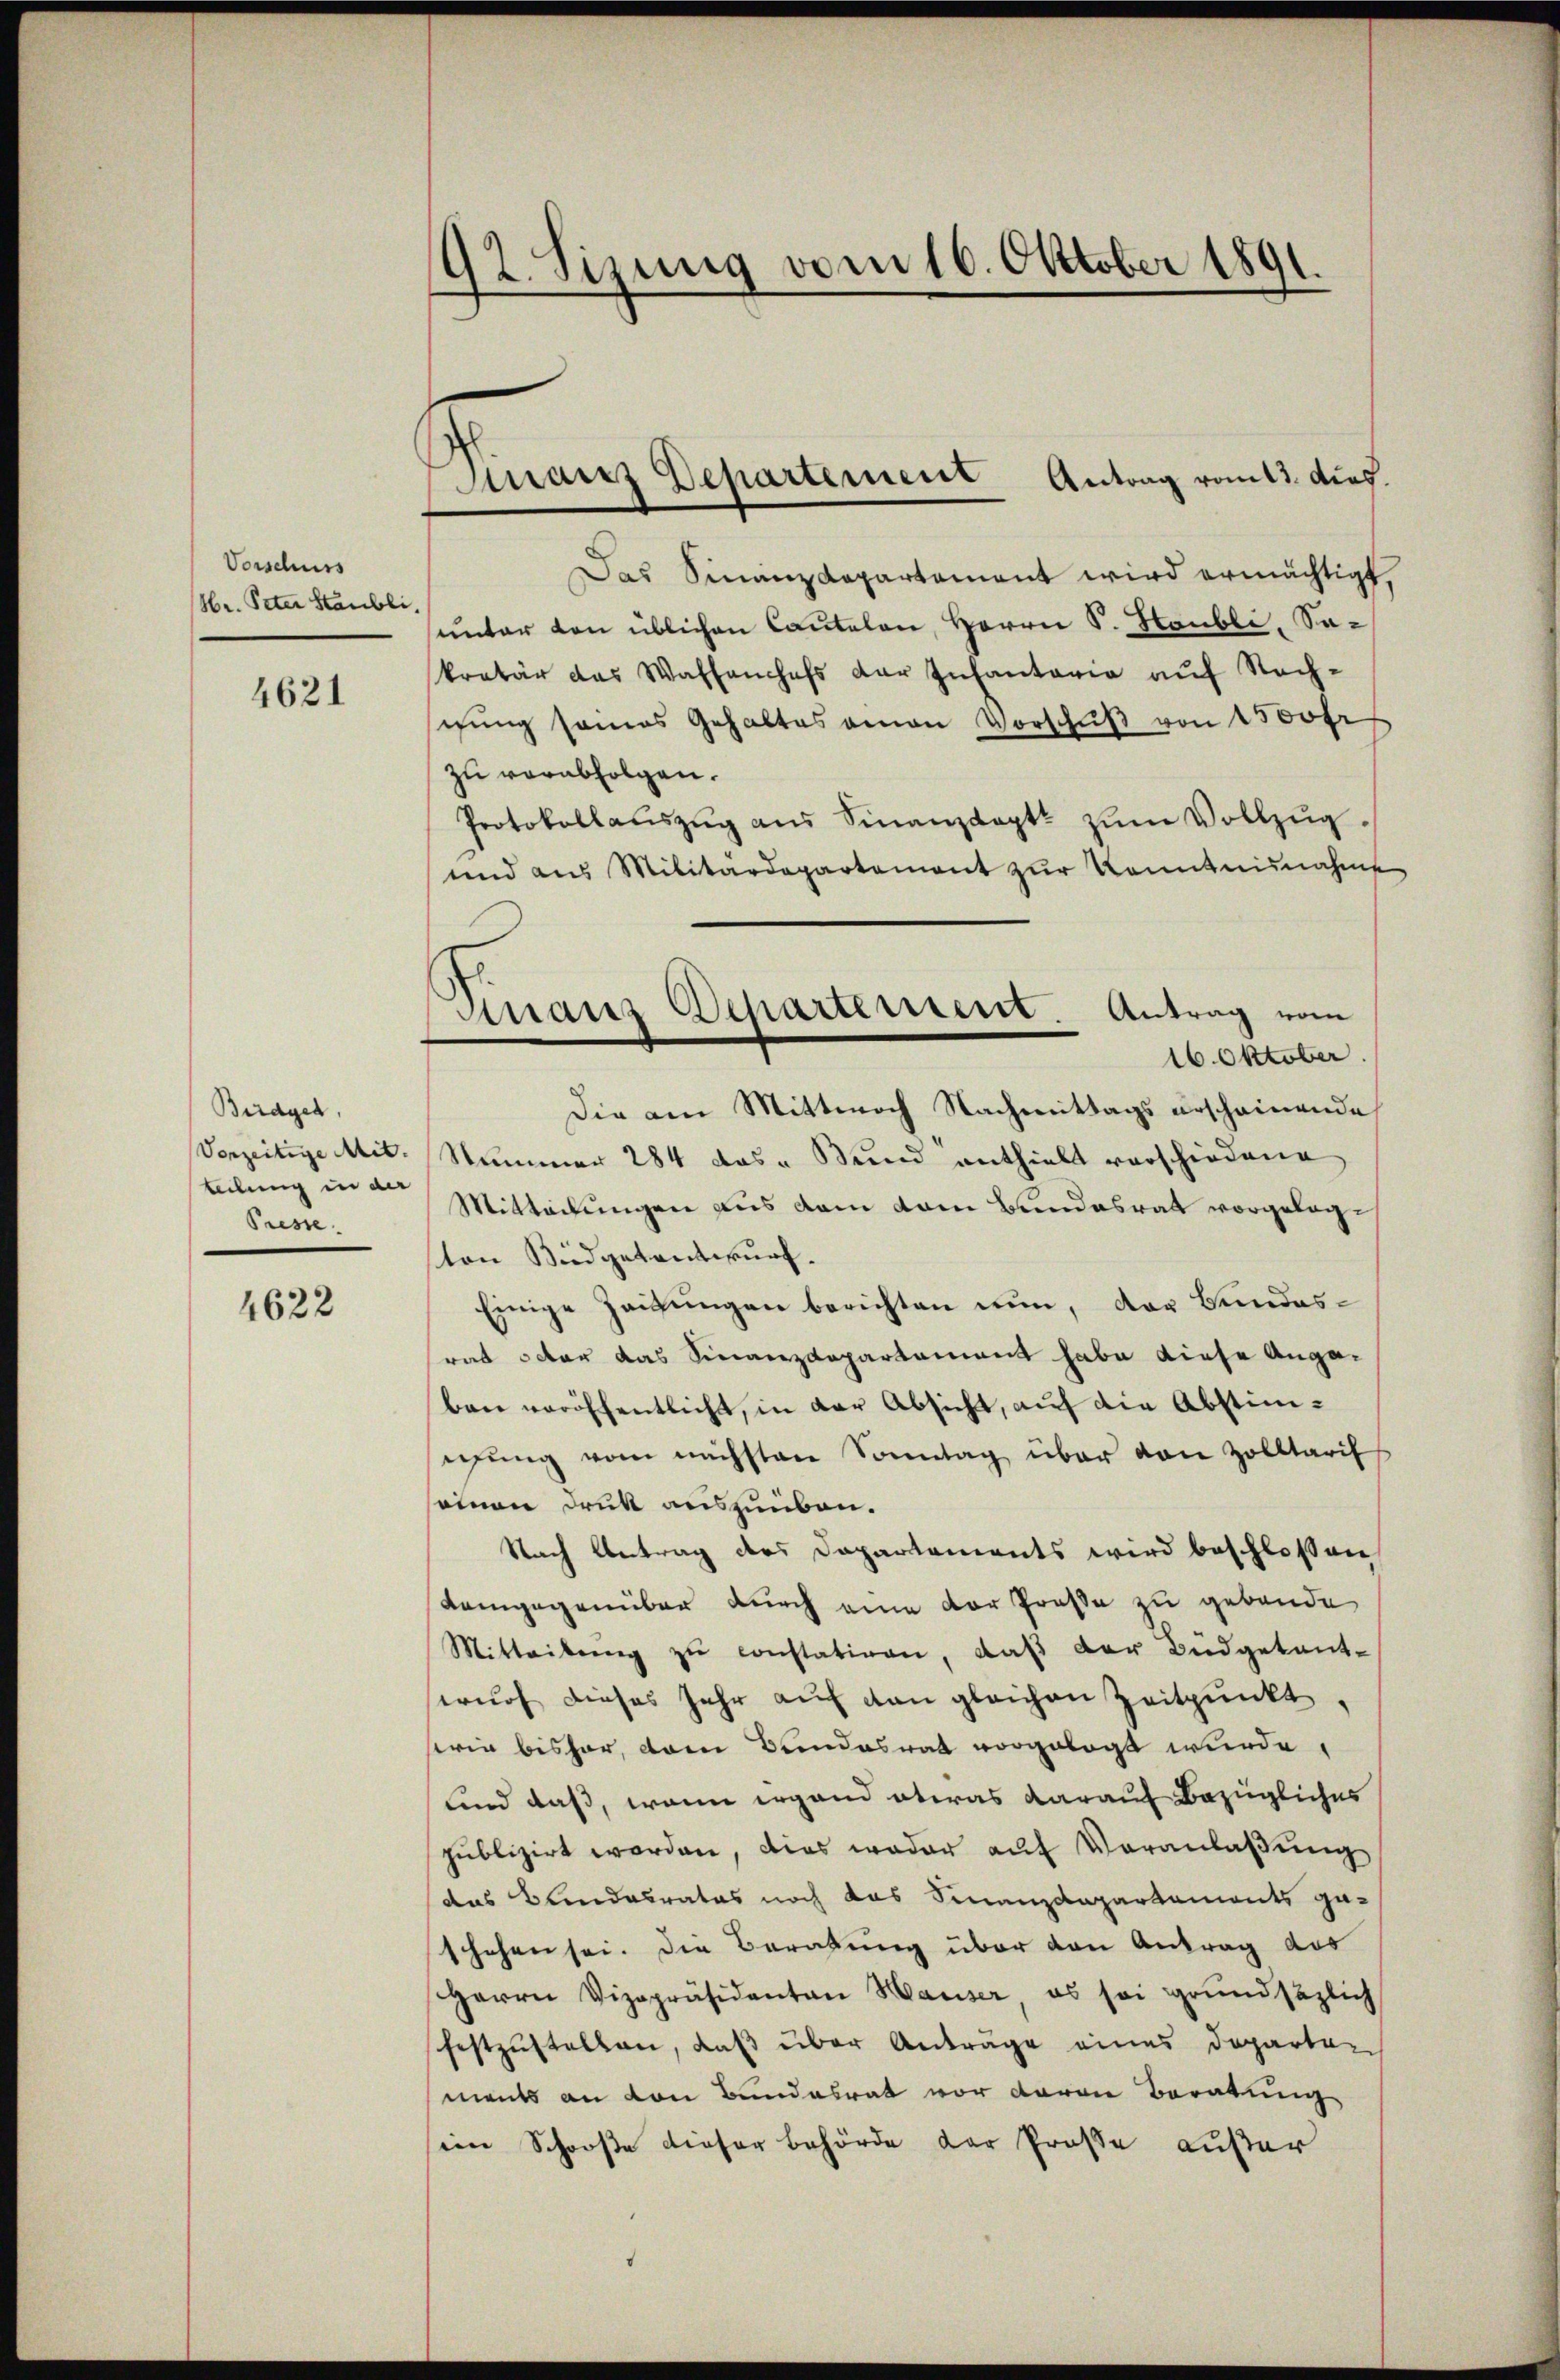
Vorschuss
Hr. Peter Stäubli,

4621

Birdget,
Vorzeitige Mit
teilung in der
Presse

4622

92. Sizung vom 16. Oktober 1891.

Finanz Departement Antrag vom 3. dies

ranz Departement. Antrag vom
16. Oktober.

Das Sinanzdepartament wird ermächtigt,
sunter von üblichen Cautelen, Herrn P. Haubli, Sakretär das Waffenchefs der Infantaria aŭf Nach-
gung seines Gehaltes amen Vorschŭβ von 1500fr
zu verabfolgen.
Protokollaŭszŭg aŭs Sinanzkopt zŭm Vollzŭg.
und aus Militärdepartement zŭr Kenntnisnahme
Die am Mittwoch Nachmittags erscheinende
Nummer 284 das „Bund enthielt verschiedene
Mitteilungen aus dem vom Bundesrat vorgelegton Büdgetantwurf.
Einige Zeitungen berichten nun, das Bundesrat octor das Finanzdepartement habe diese Angaben veröffentlicht, in der Absicht, auf die Abstimsigŭng vom nächsten Sonntag über von Zolltarif
einen Druk auszuüben.
Nach Antrag des Departements wird beschlossen
Lamgegenüber durch eine der Große zu gebende
Mitteilŭng zŭ constatiren, daβ der Büdgetant-
wurf dieses Jahr auf den gleichen Zeitpunkt,
strie bisher, dem Bundesrat vorgelegt wurde,
und daß, wenn ergand etwas darauf Bezügliches
publizirt worden, dies weder auf Veranlaßung
das Bundesrates noch das Finanzdepartements ga-
schehen sei. Die Beratung über den Antrag des
Herrn Vizepräsidenten Hauser es sei grundsäzlich
festzustellen, daß über Anträge eines Departen
ments an von Bundesrat vor daran Beratung
ein Schooße dieser Behörde der Prose außer